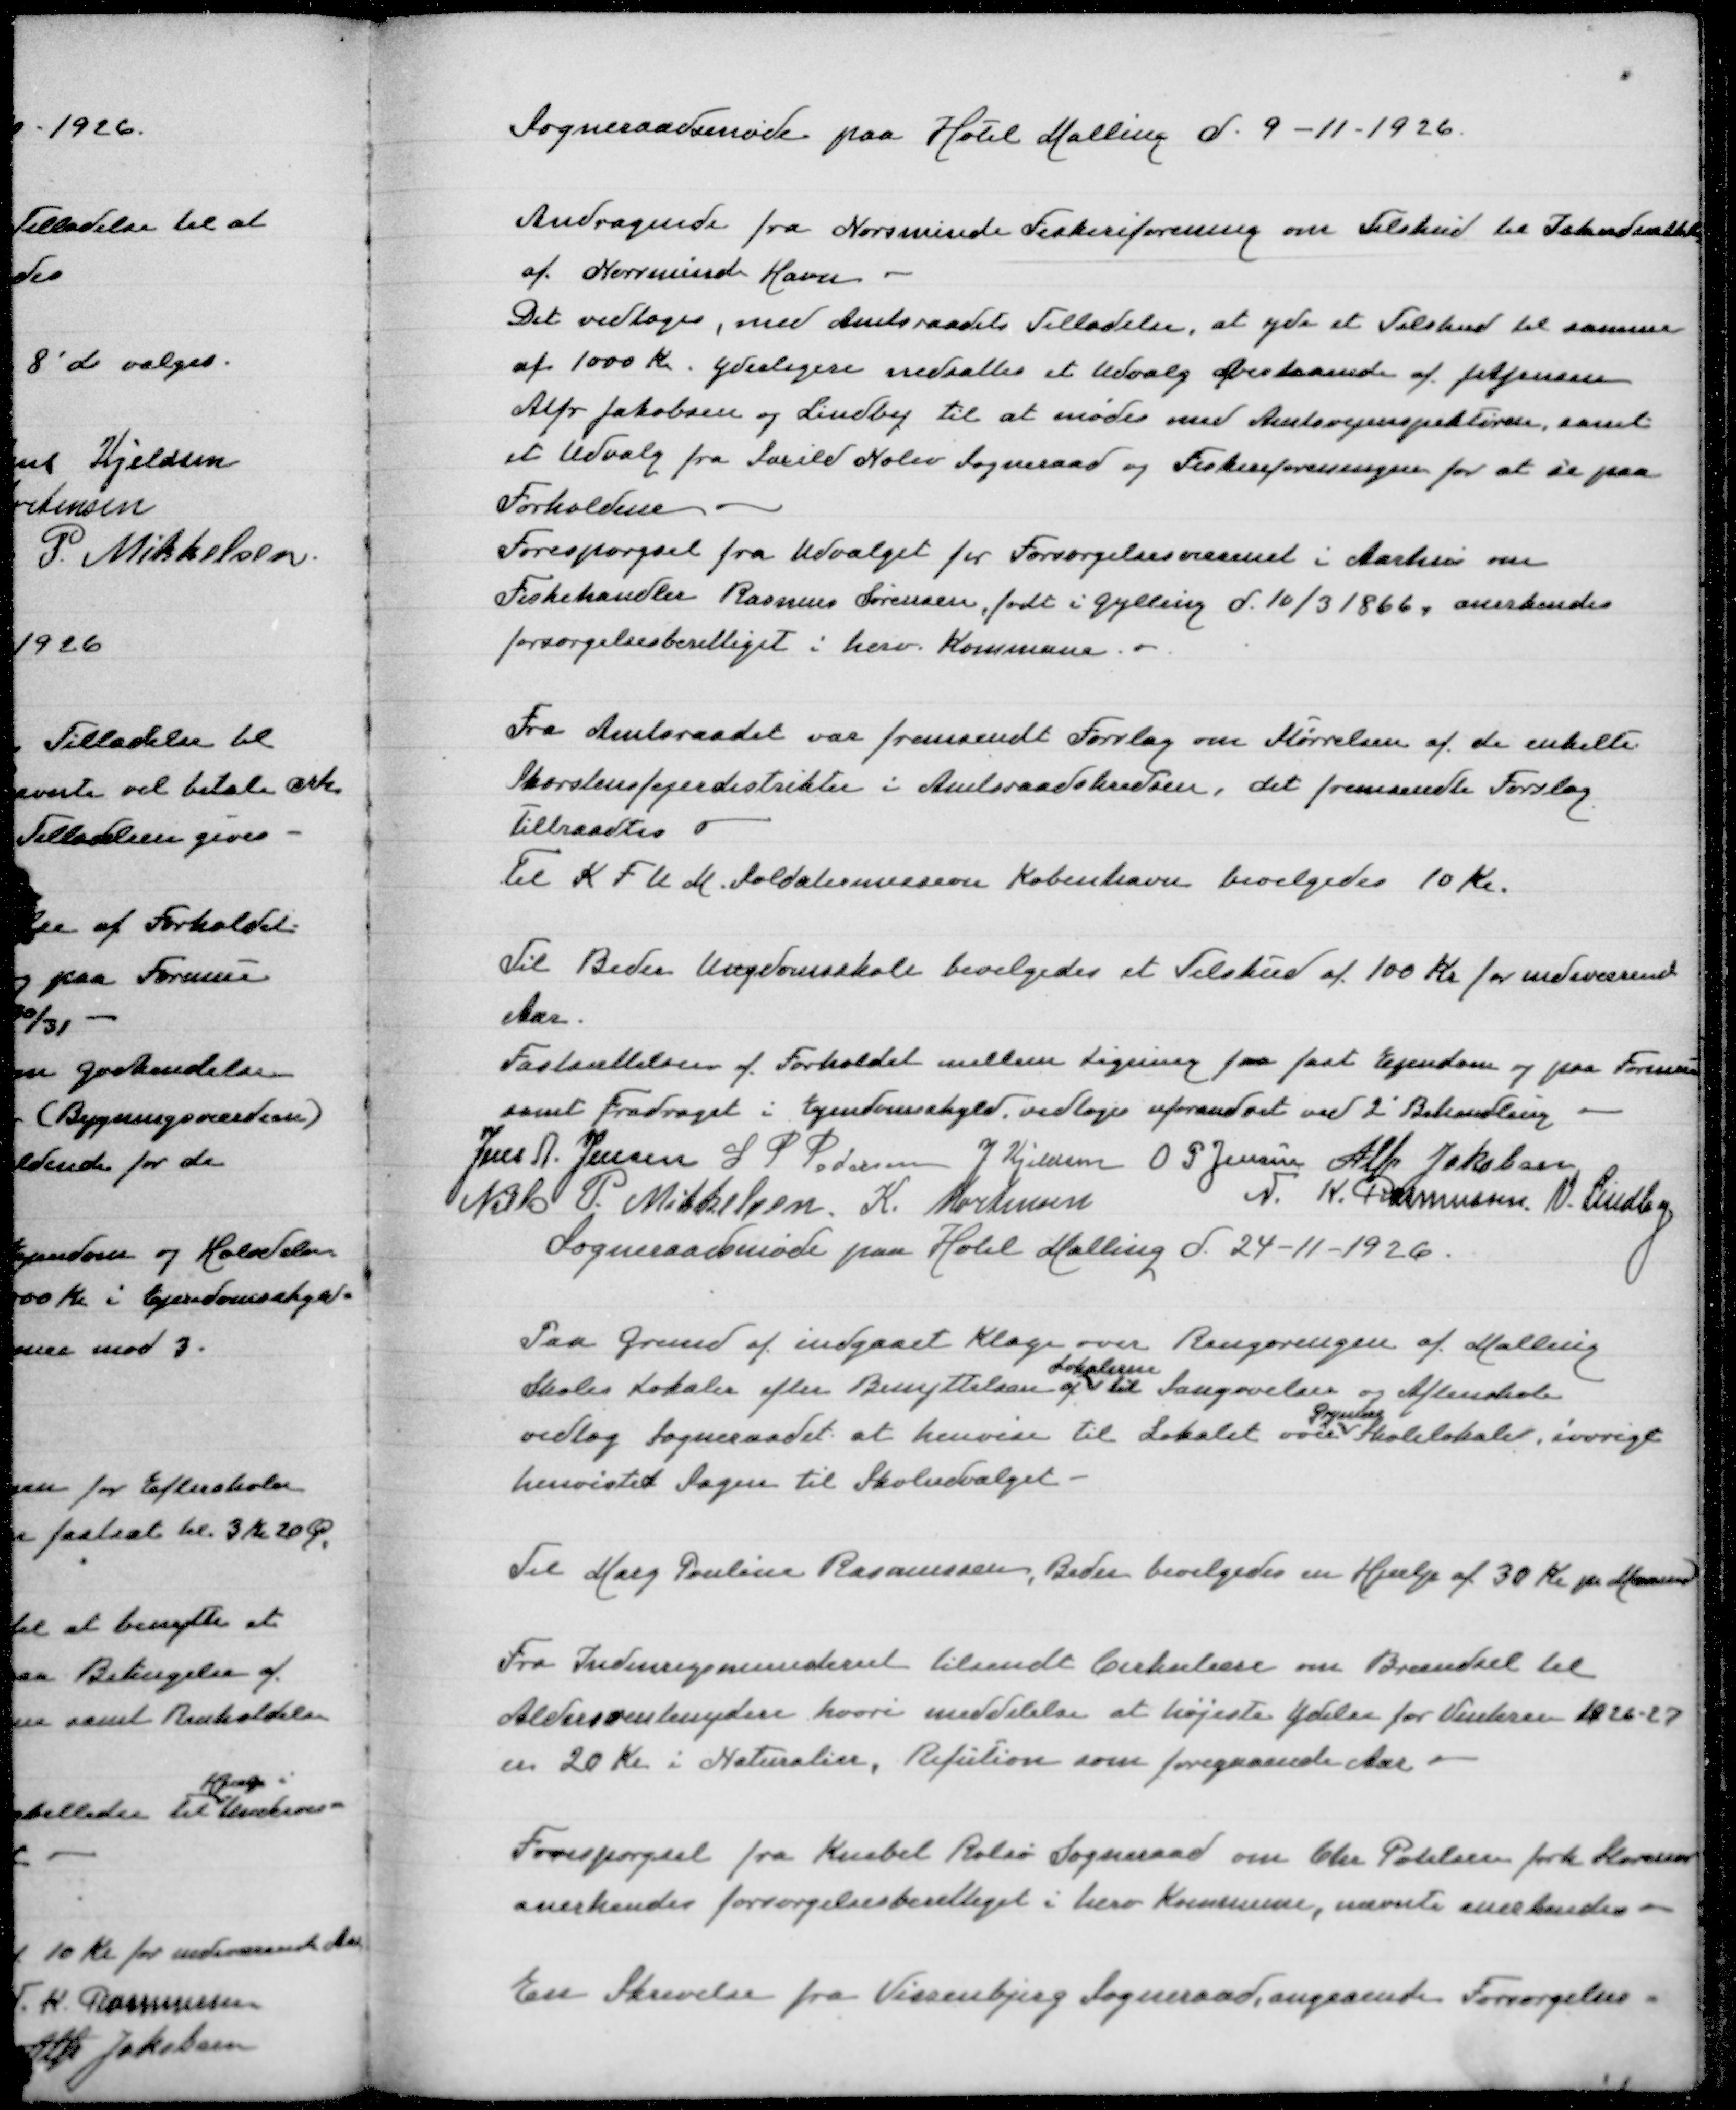
Transskription:
Sogneraadsmøde paa Hotel Malling d. 9-11-1926

Andragende fra Norsminde Fiskeriforening omTilskud til Istandsættelse
af Norsminde Havn
Det vedtoges med Amtsraadets Tilladelse, at yde et Tilskud til samme
af 1000 Kr. Yderligere nedsattes et Udvalg bestaaende af
Alfr Jakobsen og Lindby til at mødes med Amtsvejinspektøren samt
et Udvalg fra Saxild Nølev Sogneraad og Fidkeriforeningen for at se paa
Forholdene
Forespørgsel fra Udvalget for Forsørgelsesvæsenet i Aarhus om
Fiskehandler Rasmuse Sørensen, født i Gylling d10/3 1866, anerkendes
forsørgelsesberettiget i herv Kommune

Fra Amtsraadet var fremsendt Forslag om Størrelsen af de enkelte
Skorstensfejerdistrikter i Amtsraadskredsen, det fremsendte Forslag
tiltraadtes
Til K F U M Soldatermission København bevilgedes 10 Kr

Til Beder Ungdomsskole bevilgedes et Tilskud af100 Kr for indeværende
Aar
Fastsættelsen af Forholdet mellem Ligning paa fast Ejendom og paa Formue
samt Fradraget i Ejendomsskyld vedtoges uforandret ved 2' Behandling
Jens A Jensen
S P Pedersen
J Kjeldsen
O P Jensen
Alfr Jakobsen
Niels P Mikkelsen
K Mortensen
N K Rasmussen
Sogneraadsmøde paa Hotel Malling d 24-11-1926

Paa Grund af indgaaet Klage over Rengøringen af Malling
Lokalerne
Skoles Lokaler efter Benyttelsen af til Sangøvelser og Aftenskole

vedtog Sogneraadet at henvise til Lokalet over Skolelokale, iøvrigt
henvistes Sagen til Skoleudvalget

Til Mary Pouline Rasmussen, Beder bevilgedesenHjælpaf30 KrprMaaned

Fra Indenrigsministeriet tilsendt Cirkulære om Brændsel til
Aldersrentenydere hvori meddelelse at højeste Ydelse for Vinteren 1926-27
er 20 Kr i Naturalier,Refusion som foregaaende Aar

Forespørgsel fra Knebel Rolsø Sogneraad om Chr Poulsen forh Storenor
anerkendes forsørgelsesberettiget i herv Kommune, nævnte anerkendes

En Skrivelse fra Vissenbjerg Sogneraad, angaaende Forsørgelses=